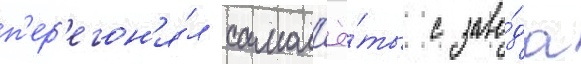
п'ер'егон'я́л самол'ё́ты с заво́да